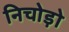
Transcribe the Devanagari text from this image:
निचोड़ो